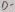
Text: D-